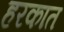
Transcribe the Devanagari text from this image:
हरकात